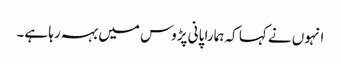
انہوں نے کہا کہ ہمارا پانی پڑوس میں بہہ رہا ہے۔